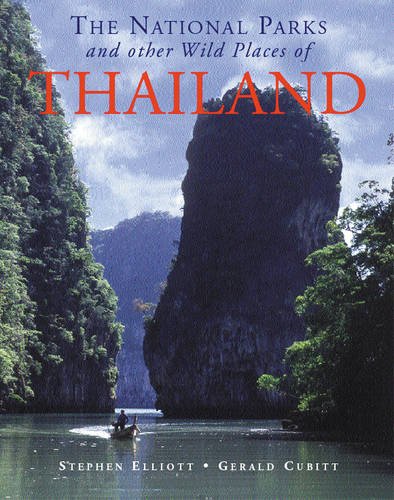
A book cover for The National Parks and Other Wild Places of Thailand (National Pks/Other Wild Places); Stephen Elliott; Travel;